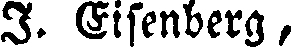
I. Eisenberg,